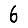
Digit: 6